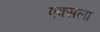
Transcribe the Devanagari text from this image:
एक्सला